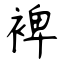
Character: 裨